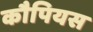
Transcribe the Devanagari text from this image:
कौपियस